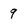
Character: 9